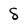
Character: 8